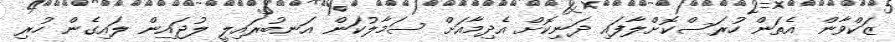
ޒަކްވާން އެތަން ހުރަސްކޮށްލާފައި ދަނިކޮށް އެދިމާއަށް ސަމާލުކަން އަނބުރައިލީ ލުޖައިން ލައިގެން ހުރި